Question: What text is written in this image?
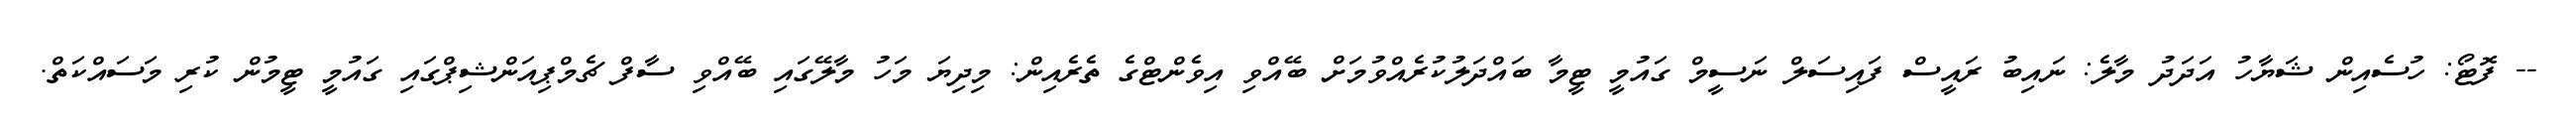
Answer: -- ފޮޓޯ: ހުސެއިން ޝަޔާހު އަދަދު މާލެ: ނައިބު ރައީސް ފައިސަލް ނަސީމް ގައުމީ ޓީމާ ބައްދަލުކުރެއްވުމަށް ބޭއްވި އިވެންޓްގެ ތެރެއިން: މިދިޔަ މަހު މާލޭގައި ބޭއްވި ސާފް ޗެމްޕިއަންޝިޕްގައި ގައުމީ ޓީމުން ކުރި މަސައްކަތް.